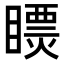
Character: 𥋄